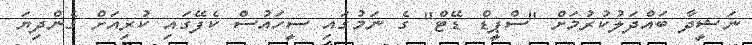
ނަޝީދާ ބައްދަލުކުރުމަށް "ސްޕީޑް ޑޭޓް" ގެ ނަމުގައި ސީހައުސް ކެފޭގައި ކުރިއަށް ގެންދިޔަ